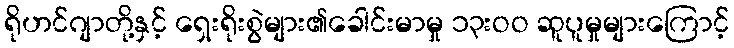
ရိုဟင်ဂျာတို့နှင့် ရှေးရိုးစွဲများ၏ခေါင်းမာမှု ၁၃းဝဝ ဆူပူမှုများကြောင့်